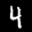
Label: 4